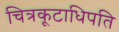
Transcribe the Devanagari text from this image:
चित्रकूटाधिपति